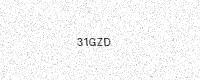
Text: 31GZD